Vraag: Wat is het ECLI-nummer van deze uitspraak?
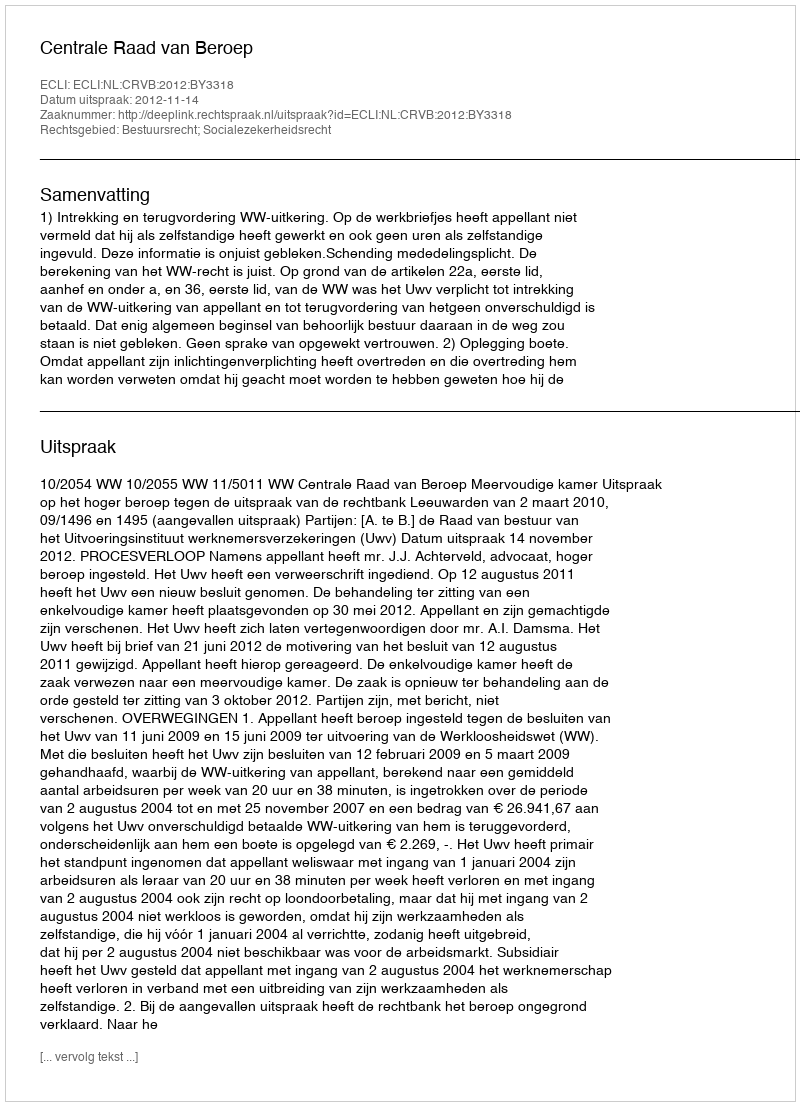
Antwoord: ECLI:NL:CRVB:2012:BY3318